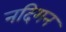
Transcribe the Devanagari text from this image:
नदिगन